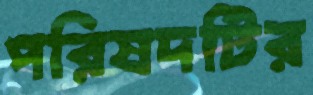
পরিষদটির